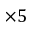
\times 5